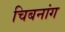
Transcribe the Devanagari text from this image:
चिबनांग